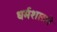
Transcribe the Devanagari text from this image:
धर्मशासने